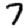
Digit: 7